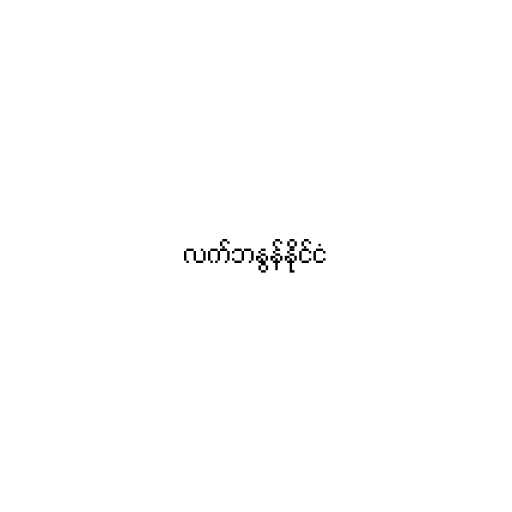
လက်ဘနွန်နိုင်ငံ